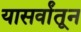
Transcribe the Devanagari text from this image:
यासर्वांतून